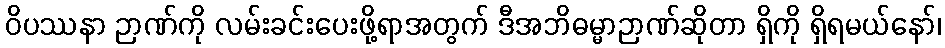
ဝိပဿနာ ဉာဏ်ကို လမ်းခင်းပေးဖို့ရာအတွက် ဒီအဘိဓမ္မာဉာဏ်ဆိုတာ ရှိကို ရှိရမယ်နော်၊